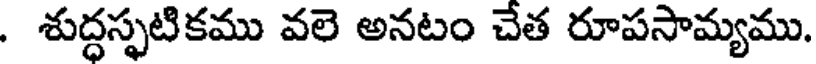
. శుద్ధస్ఫటికము వలె అనటం చేత రూపసామ్యము.